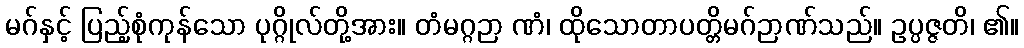
မဂ်နှင့် ပြည့်စုံကုန်သော ပုဂ္ဂိုလ်တို့အား။ တံမဂ္ဂဉာ ဏံ၊ ထိုသောတာပတ္တိမဂ်ဉာဏ်သည်။ ဥပ္ပဇ္ဇတိ၊ ၏။